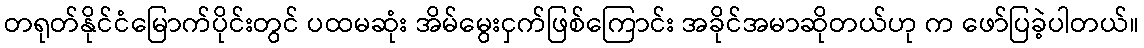
တရုတ်နိုင်ငံမြောက်ပိုင်းတွင် ပထမဆုံး အိမ်မွေးငှက်ဖြစ်ကြောင်း အခိုင်အမာဆိုတယ်ဟု က ဖော်ပြခဲ့ပါတယ်။